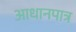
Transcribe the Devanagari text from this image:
आधानपात्र